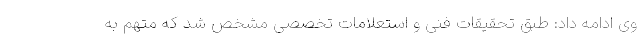
وی ادامه داد: طبق تحقیقات فنی و استعلامات تخصصی مشخص شد که متهم به